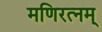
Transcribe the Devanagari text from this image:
मणिरत्‍नम्